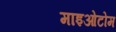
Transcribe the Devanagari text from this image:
माइओटोम